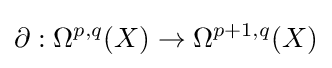
\partial :\Omega ^{p,q}(X)\to \Omega ^{p+1,q}(X)